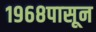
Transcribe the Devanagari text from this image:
१९६८पासून